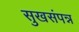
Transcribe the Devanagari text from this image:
सुखसंपन्न